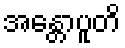
အန္တောပူတိ